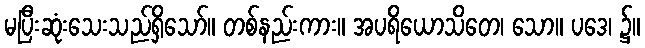
မပြီးဆုံးသေးသည်ရှိသော်။ တစ်နည်းကား။ အပရိယောသိတေ၊ သော။ ပဒေ၊ ၌။